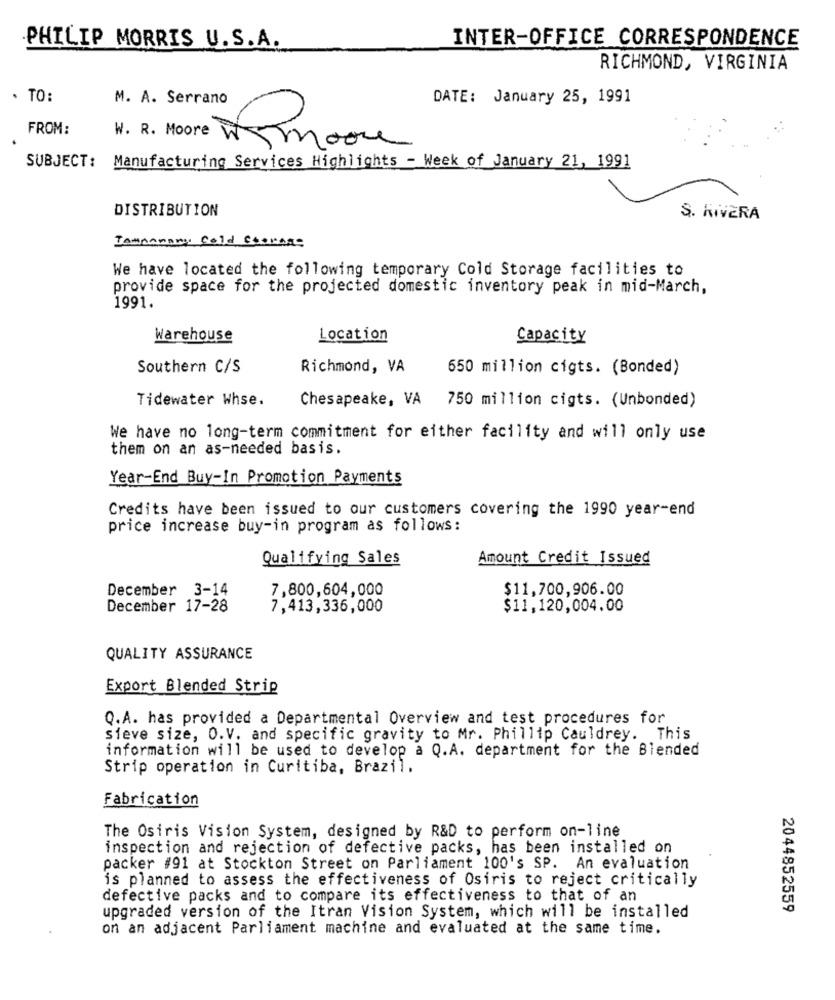
INTER-OFFICE CORRESPONDENCE
PHILIP MORRIS U.S.A.
RICHMOND, VIRGINIA
. TO:
M. A. Serrano
DATE: January 25, 1991
FROM:
W. R. Moore W moon
SUBJECT: Manufacturing Services Highlights - Week of January 21, 1991
DISTRIBUTION
S. KıvERA
Tampamany Cold Storage
We have located the following temporary Cold Storage facilities to
provide space for the projected domestic inventory peak in mid-March,
1991.
Warehouse
Location
Capacity
Southern C/S
Richmond, VA
650 million cigts. (Bonded)
Tidewater Whse.
Chesapeake, VA
750 million cigts. (Unbonded)
We have no long-term commitment for either facility and will only use
them on an as-needed basis.
Year-End Buy-In Promotion Payments
Credits have been issued to our customers covering the 1990 year-end
price increase buy-in program as follows:
Qualifying Sales
Amount Credit Issued
December 3-14
7,800,604,000
$11,700,906.00
December 17-28
7,413,336,000
$11,120,004.00
QUALITY ASSURANCE
Export Blended Strip
Q.A. has provided a Departmental Overview and test procedures for
sieve size, O.V. and specific gravity to Mr. Phillip Cauldrey. This
information will be used to develop a Q.A. department for the Blended
Strip operation in Curitiba, Brazil.
Fabrication
The Osiris Vision System, designed by R&D to perform on-line
inspection and rejection of defective packs, has been installed on
packer #91 at Stockton Street on Parliament 100's SP. An evaluation
is planned to assess the effectiveness of Osiris to reject critically
defective packs and to compare its effectiveness to that of an
2044852559
upgraded version of the Itran Vision System, which will be installed
on an adjacent Parliament machine and evaluated at the same time.